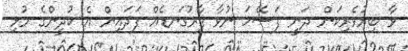
ވާ ބިރުވެރިކަން ދަނީ ފަސޭހަ ނުވާ ފާރުގަނޑެއް ފަދައިން އެ ކުދީންގެ މުޅި